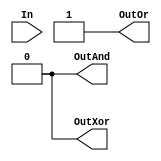
`timescale 1ns / 1ps
//////////////////////////////////////////////////////////////////////////////////
// Company: 
// Engineer: 
// 
// Design Name: 
// Module Name: Reduction_Operator
// Project Name: 
// Target Devices: 
// Tool Versions: 
// Description: 
// 
// Dependencies: 
// 
// Revision:
// Revision 0.01 - File Created
// Additional Comments:
// 
//////////////////////////////////////////////////////////////////////////////////


module Reduction_Operator(OutAnd, OutOr, OutXor, In);
input [7:0] In;
output OutAnd, OutOr, OutXor;

//Logic
assign OutAnd = & 8'b1111_1110;     //Reduction And = Zero
assign OutOr  = | 8'b1010_1010;     //Reduction OR = One
assign OutXor = ^ 8'b1010_1010;     //Reduction XOR = One


endmodule